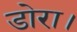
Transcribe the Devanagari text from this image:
डोरा।